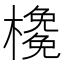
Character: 𣝊